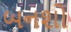
બનશો